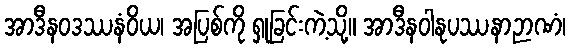
အာဒီနဝဒဿနံဝိယ၊ အပြစ်ကို ရှုခြင်းကဲ့သို့။ အာဒီနဝါနုပဿနာဉာဏံ၊